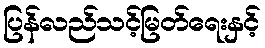
ပြန်လည်သင့်မြတ်ရေးနှင့်